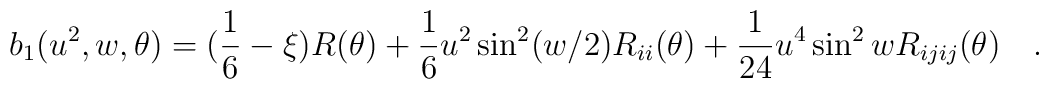
b_1(u^2,w,\theta)=(\frac 16-\xi)R(\theta)+{1 \over 6}u^2\sin^2(w/2)R_{ii}(\theta)+{1 \over 24}u^4\sin^2w R_{ijij}(\theta)~~~.